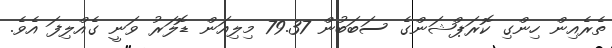
ތެރެއިން ހިންގި ކޮރަޕްޝަންގެ ސަބަބުން 79.37 މިލިއަން ޑޮލަރު ވަނީ ގެއްލިފަ އެވެ.